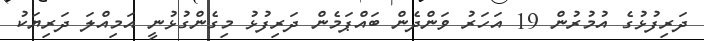
ދަރިފުޅުގެ އުމުރުން 19 އަހަރު ވަންދެން ބައްޕަމެން ދަރިފުޅު މިގެންގުޅުނީ އަމިއްލަ ދަރިޔަކު